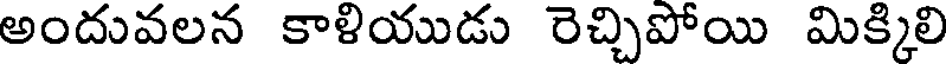
అందువలన కాళియుడు రెచ్చిపోయి మిక్కిలి